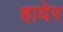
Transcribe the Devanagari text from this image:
हायेर